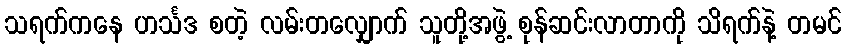
သရက်ကနေ ဟင်္သဒ စတဲ့ လမ်းတလျှောက် သူတို့အဖွဲ့ စုန်ဆင်းလာတာကို သိရက်နဲ့ တမင်